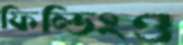
ফিল্ডিংও